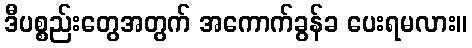
ဒီပစ္စည်းတွေအတွက် အကောက်ခွန်ခ ပေးရမလား။